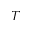
^ T